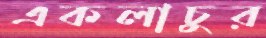
একলাচুর